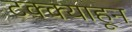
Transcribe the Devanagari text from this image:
टक्‍क्‍याहून